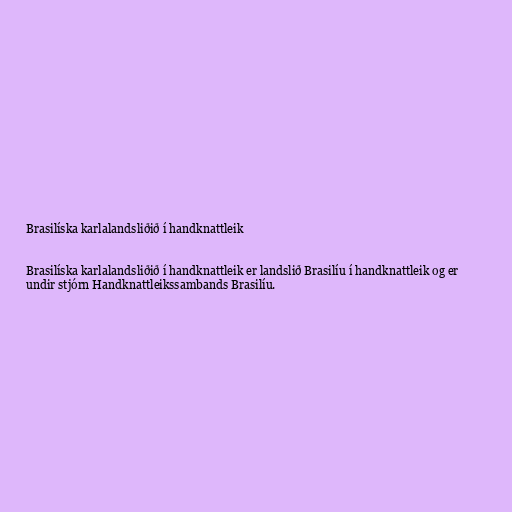
Brasilíska karlalandsliðið í handknattleik

Brasilíska karlalandsliðið í handknattleik er landslið Brasilíu í handknattleik og er
undir stjórn Handknattleikssambands Brasilíu.